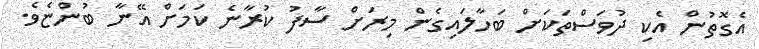
އެގޮތުން އެކި ދުވަސްތަކަށް ބަހާލައިގެން މިރަށް ސާފު ކުރާނެ ކަމަށް އޭނާ ބުންޏެވެ.